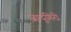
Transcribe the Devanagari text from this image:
जादुगिरी